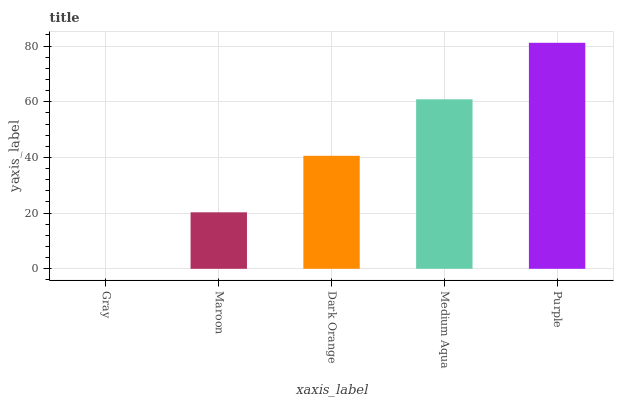
| xaxis_label | bars |
 | --- | --- |
 | Gray | 0 |
 | Maroon | 20.3 |
 | Dark Orange | 40.6 |
 | Medium Aqua | 60.9 |
 | Purple | 81.2 |